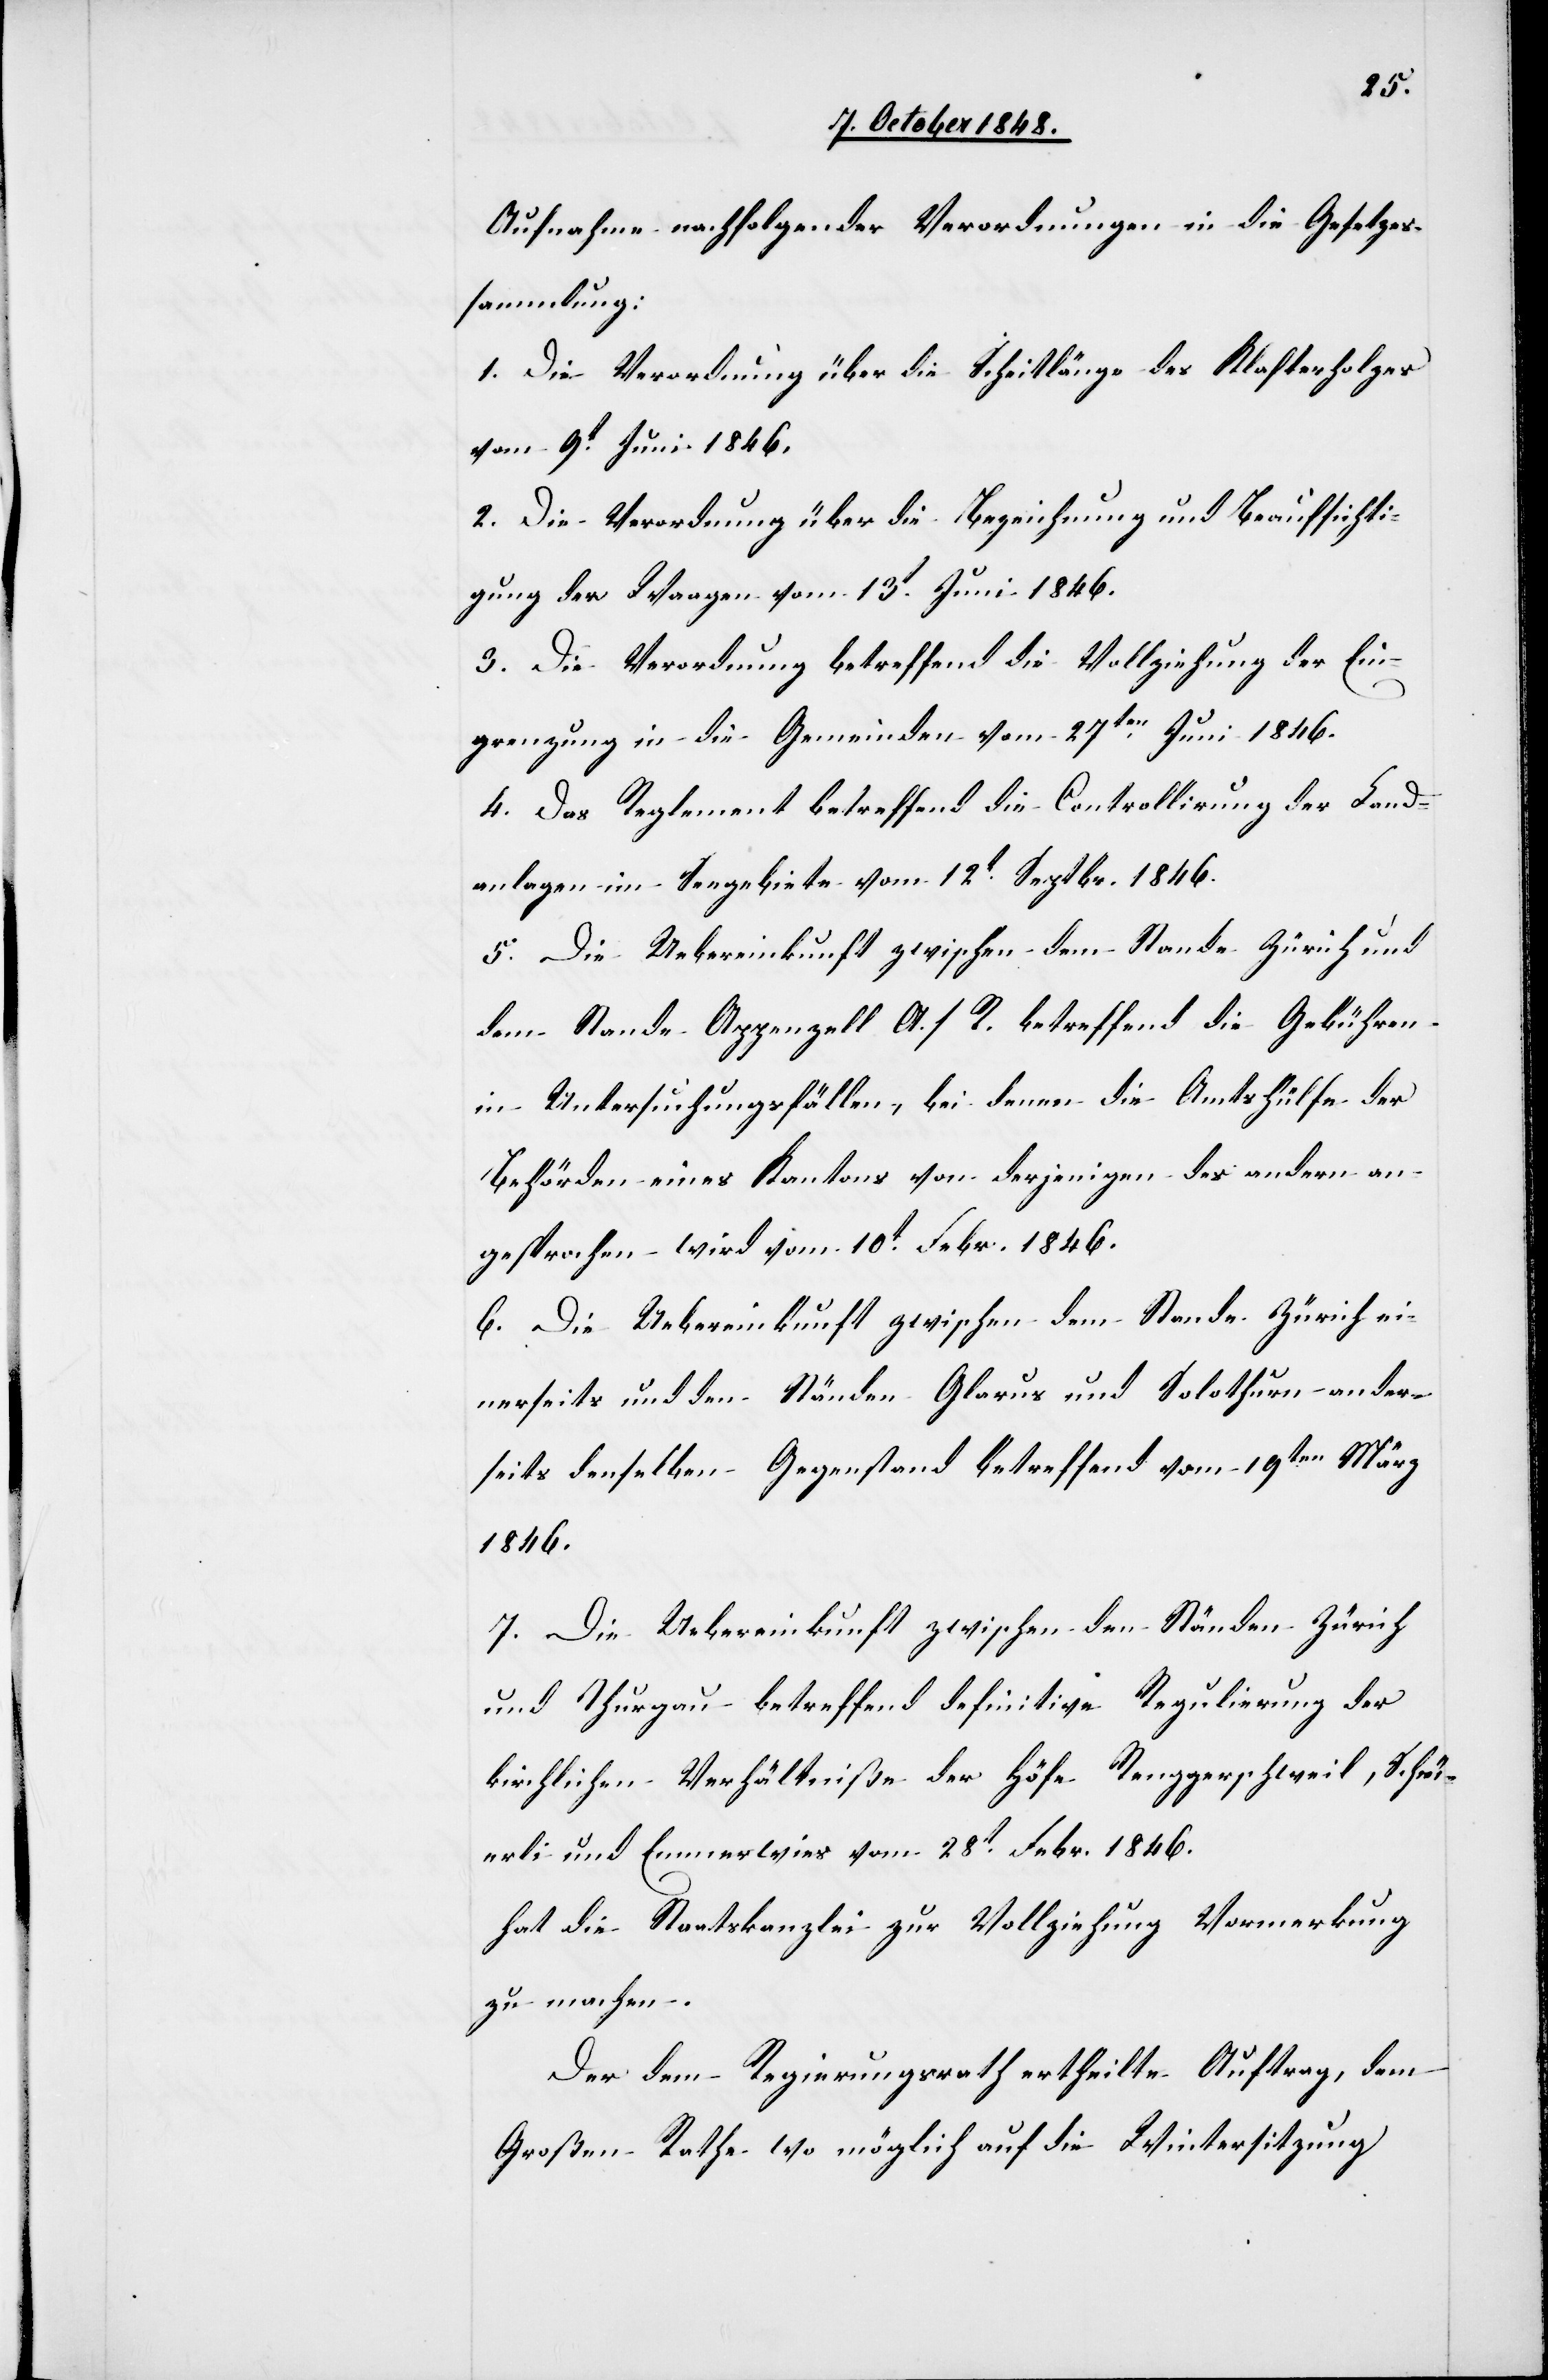
Aufnahme nachfolgender Verordnungen in die Gesetzes¬
sammlung:
1. Die Verordnung über die Scheitlänge des Klafterholzes
vom 9t Juni 1846.
2. Die Verordnung über die Bezeichnung und Beaufsichti¬
gung der Waagen vom 13t. Juni 1846.
3. Die Verordnung betreffend die Vollziehung der Ein¬
grenzung in die Gemeinden vom 27ten. Juni 1846.
4. Das Reglement betreffend die Controllirung der Land¬
anlagen im Seegebiet vom 12t. Septbr. 1846.
5. Die Uebereinkunft zwischen dem Stande Zürich und
dem Stande Appenzell A./R. betreffend die Gebühren
in Untersuchungsfällen, bei denen die Amtshülfe der
Behörden eines Kantons von derjenigen des andern an¬
gesprochen wird vom 10t. Febr. 1846.
6. Die Uebereinkunft zwischen dem Stande Zürich ei¬
nerseits und den Ständen Glarus und Solothurn ander¬
seits denselben Gegenstand betreffend vom 19ten. März
1846.
7. Die Uebereinkunft zwischen den Ständen Zürich
und Thurgau betreffend definitive Regulirung der
kirchlichen Verhältniße der Höfe Renggerschweil, Scheu¬
erli und Emmerwies vom 28t. Febr. 1846.
hat die Staatskanzlei zur Vollziehung Vormerkung
zu machen.
Der dem Regierungsrath ertheilte Auftrag, dem
Großen Rathe wo möglich auf die Wintersitzung